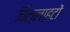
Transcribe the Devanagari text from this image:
चिल्लाहटों